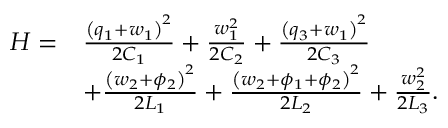
\begin{array} { r l } { H = } & { \frac { { \left( q _ { 1 } + w _ { 1 } \right) } ^ { 2 } } { 2 C _ { 1 } } + \frac { w _ { 1 } ^ { 2 } } { 2 C _ { 2 } } + \frac { { \left( q _ { 3 } + w _ { 1 } \right) } ^ { 2 } } { 2 C _ { 3 } } } \\ & { + \frac { { \left( w _ { 2 } + \phi _ { 2 } \right) } ^ { 2 } } { 2 L _ { 1 } } + \frac { { \left( w _ { 2 } + \phi _ { 1 } + \phi _ { 2 } \right) } ^ { 2 } } { 2 L _ { 2 } } + \frac { w _ { 2 } ^ { 2 } } { 2 L _ { 3 } } . } \end{array}